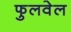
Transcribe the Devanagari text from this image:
फुलवेल